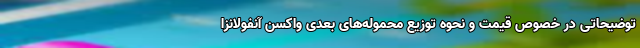
توضیحاتی در خصوص قیمت و نحوه توزیع محموله‌های بعدی واکسن آنفولانزا